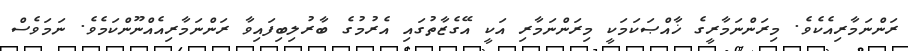
ރަންނަމާރިއެކެވެ. މިރަންނަމާރީގެ ޚާއްޞަކަމަކީ މިރަންނަމާރި އަކީ އޭގެޒާތުގައި އެރުމުގެ ބާރުލިބިފައިވާ ރަންނަމާރިއެއްނޫންކަމެވެ. ނަމަވެސް